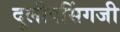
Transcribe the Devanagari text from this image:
दुलीपसिंगजी